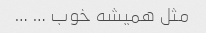
مثل همیشه خوب … …